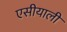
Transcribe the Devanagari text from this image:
एसीयाली